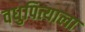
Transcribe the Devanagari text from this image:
वधुपित्याला